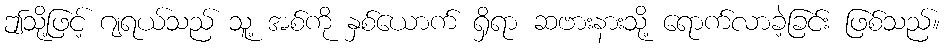
ဤသို့ဖြင့် ဂျရယ်သည် သူ့ အစ်ကို နှစ်ယောက် ရှိရာ ဆဗားနားသို့ ရောက်လာခဲ့ခြင်း ဖြစ်သည်။